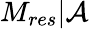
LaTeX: M_{res}|\mathcal{A}